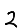
Digit: 2